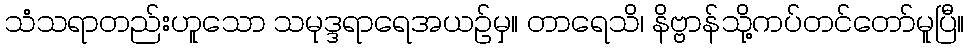
သံသရာတည်းဟူသော သမုဒ္ဒရာရေအယဉ်မှ။ တာရေသိ၊ နိဗ္ဗာန်သို့ကပ်တင်တော်မူပြီ။